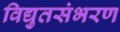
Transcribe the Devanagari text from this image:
विद्युतसंभरण